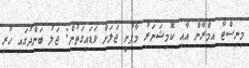
މިނިސްޓާ އިމްރާން އާއި ކޮމިޝަނަރު މާފުށީ ޖަލަށް ވަޑައިގަތުން: ޖަލު ބަންދުގައި ހުރި